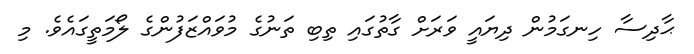
ޙާދިސާ ހިނގަމުން ދިޔައީ ވަރަށް ގާތުގައި ތިބި ތަނުގެ މުވައްޒަފުންގެ ލޯމަތީގައެވެ. މި